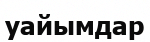
уайымдар